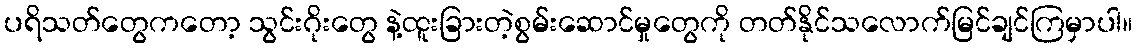
ပရိသတ်တွေကတော့ သွင်းဂိုးတွေ နဲ့ထူးခြားတဲ့စွမ်းဆောင်မှုတွေကို တတ်နိုင်သလောက်မြင်ချင်ကြမှာပါ။